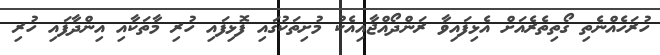
ހުރަހެއްނެތި ގޯތިތެރެއަށް އެޅިފައިވާ ރަންދޯއްޖާއިއެކު މުށިތަކުގައި ފޮޅިފައި ހުރި މާތަކާއި އިންދާފައި ހުރި